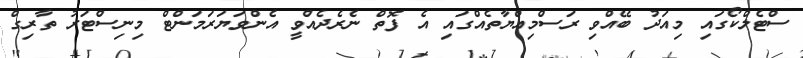
ސްޓެލްކޯގައި މިއަދު ބޭއްވި ރަސްމިއްޔާތެއްގައި އެ ފޮތް ނެރެދެއްވީ އެންވަޔަރަމަންޓް މިނިސްޓަރު ތާރިގް